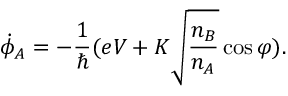
{ \dot { \phi } } _ { A } = - { \frac { 1 } { \hbar } } ( e V + K { \sqrt { \frac { n _ { B } } { n _ { A } } } } \cos \varphi ) .